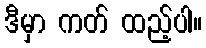
ဒီမှာ ကတ် ထည့်ပါ။